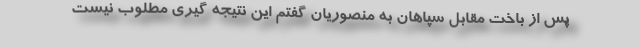
پس از باخت مقابل سپاهان به منصوریان گفتم این نتیجه گیری مطلوب نیست